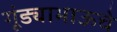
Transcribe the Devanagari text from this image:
गूंड्याभाऊचे